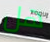
هل